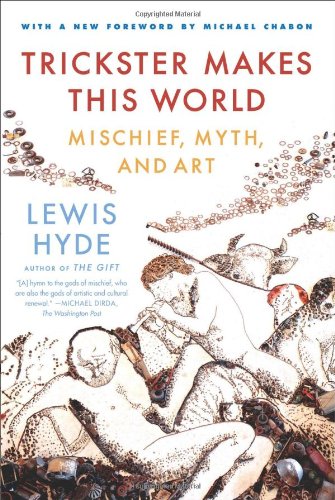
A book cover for Trickster Makes This World: Mischief, Myth and Art; Lewis Hyde; Politics & Social Sciences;